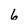
Character: 6